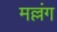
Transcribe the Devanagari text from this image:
मल्लंग